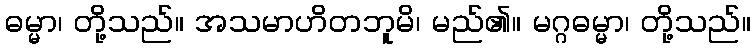
ဓမ္မာ၊ တို့သည်။ အသမာဟိတဘူမိ၊ မည်၏။ မဂ္ဂဓမ္မာ၊ တို့သည်။